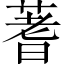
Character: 蓍